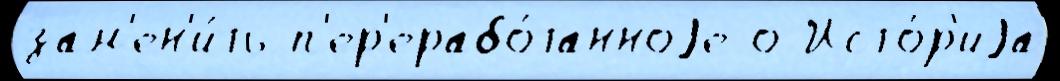
зам'ен'и́ть п'ер'ерабо́танноjе о Исто́р'иjа